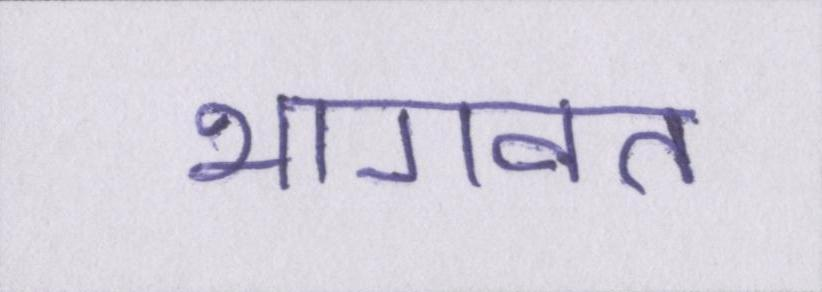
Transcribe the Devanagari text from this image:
भागवत